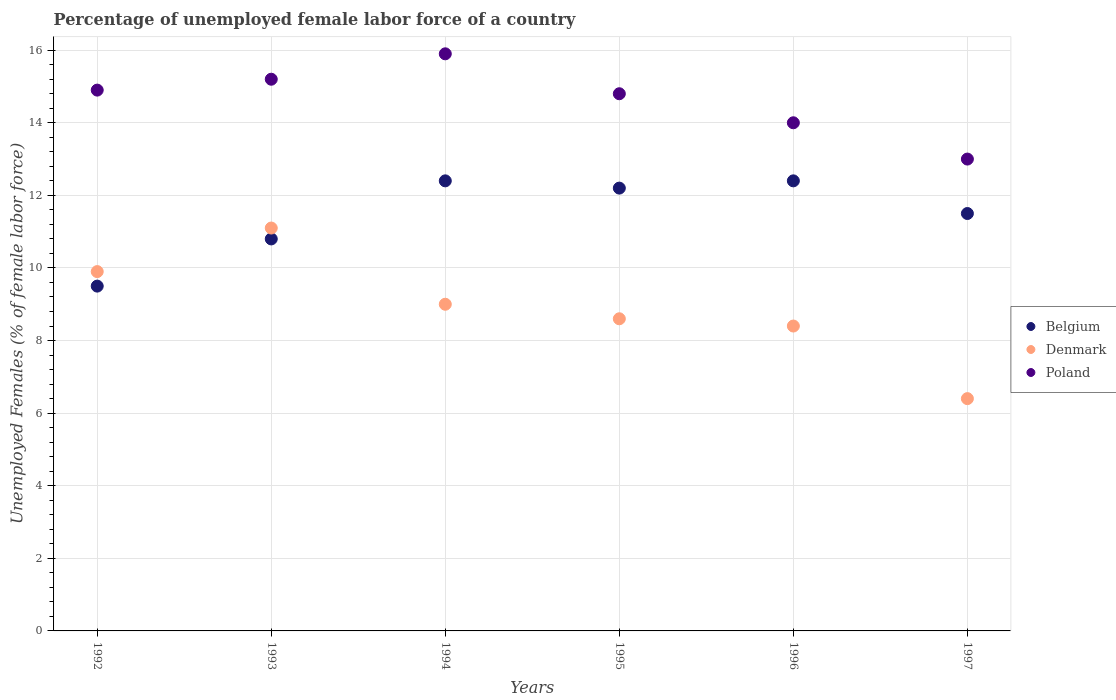
| Years | Belgium | Denmark | Poland |
 | --- | --- | --- | --- |
 | 1992 | 9.5 | 9.9 | 14.9 |
 | 1993 | 10.8 | 11.1 | 15.2 |
 | 1994 | 12.4 | 9 | 15.9 |
 | 1995 | 12.2 | 8.6 | 14.8 |
 | 1996 | 12.4 | 8.4 | 14 |
 | 1997 | 11.5 | 6.4 | 13 |